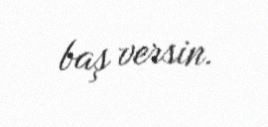
baş versin.